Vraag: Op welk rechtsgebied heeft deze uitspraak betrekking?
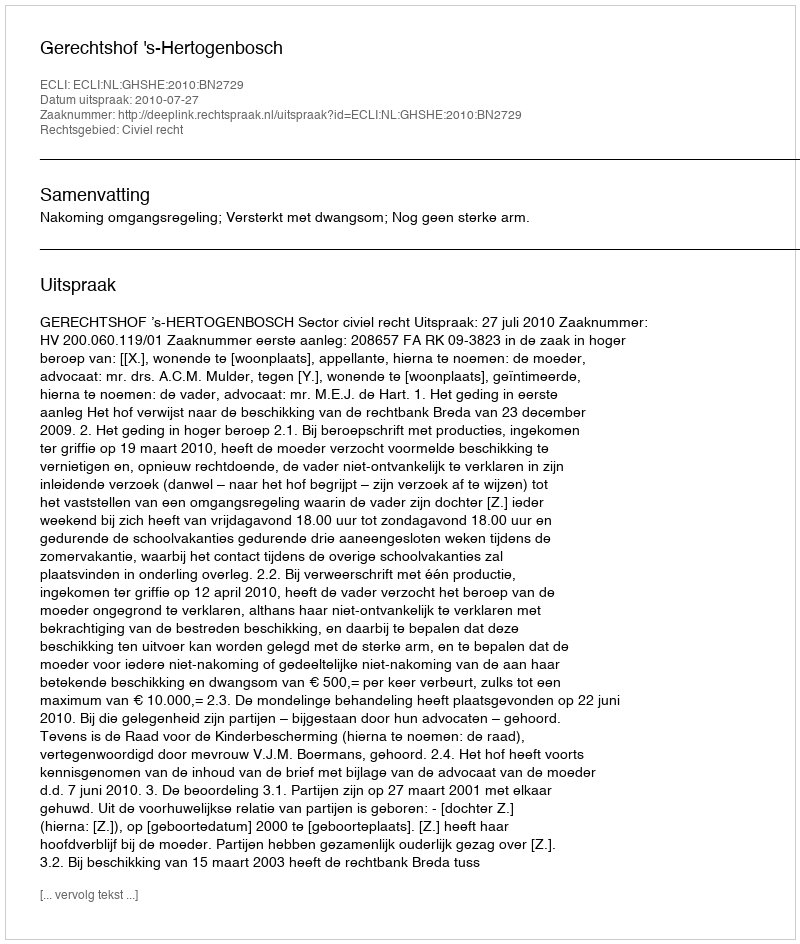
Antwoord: Civiel recht